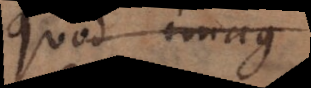
quod imag